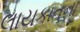
લાયકાતના